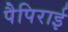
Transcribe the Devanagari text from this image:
पैपिराई